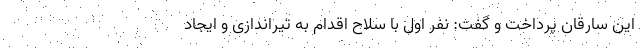
این سارقان پرداخت و گفت: نفر اول با سلاح اقدام به تیراندازی و ایجاد